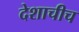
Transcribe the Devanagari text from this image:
देशाचीच